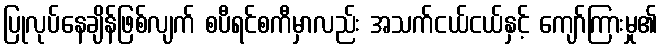
ပြုလုပ်နေချိန်ဖြစ်လျက် စပီရင်စကီမှာလည်း အသက်ငယ်ငယ်နှင့် ကျော်ကြားမှု၏